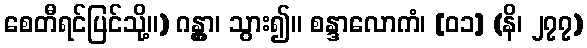
စေတီရင်ပြင်သို့။) ဂန္တွာ၊ သွား၍။ စန္ဒာလောကံ၊ [၀၁] (နိ၊ ၂၇၇)